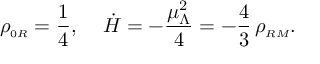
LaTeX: \rho _ { \scriptscriptstyle 0 R } = \frac { 1 } { 4 } , \; \; \; \; \dot { H } = - \frac { \mu _ { \Lambda } ^ { 2 } } { 4 } = - \frac { 4 } { 3 } \, \rho _ { \scriptscriptstyle R M } .